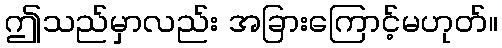
ဤသည်မှာလည်း အခြားကြောင့်မဟုတ်။